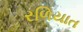
રળિયાત